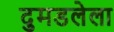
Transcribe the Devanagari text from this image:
दुमडलेला